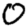
Digit: 0